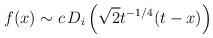
LaTeX: \begin{align*}f(x)\sim c\, D_i\left(\sqrt{2} t^{-1/4} (t-x)\right)\end{align*}